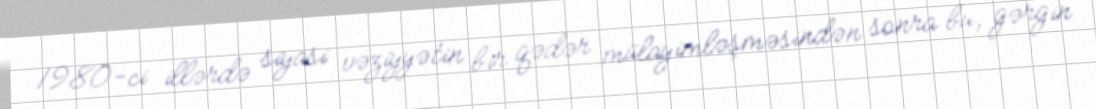
1980-ci illərdə siyasi vəziyyətin bir qədər mülayimləşməsindən sonra bu, gərgin